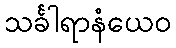
သင်္ခါရာနံယေဝ